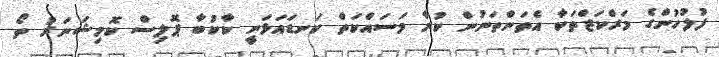
ފުލުހުންގެ މަރްކަޒްތަކާ އެތަންތަނުން ކުރާ މަސައްކަތް ކަނޑައަޅަނީ ކާކުބާ ޕޮލިސް ކޮމިޝަނަރު ތޯ